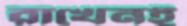
রাখেনই